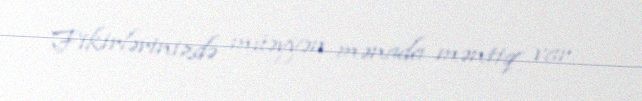
Fikirlərinizdə müəyyən mənada məntiq var.